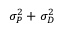
\sigma _ { P } ^ { 2 } + \sigma _ { D } ^ { 2 }